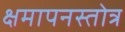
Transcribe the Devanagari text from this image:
क्षमापनस्तोत्र